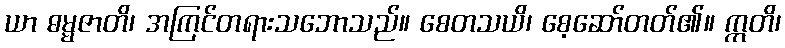
ယာ ဓမ္မဇာတိ၊ အကြင်တရားသဘောသည်။ စေတသယိ၊ စေ့ဆော်တတ်၏။ ဣတိ၊